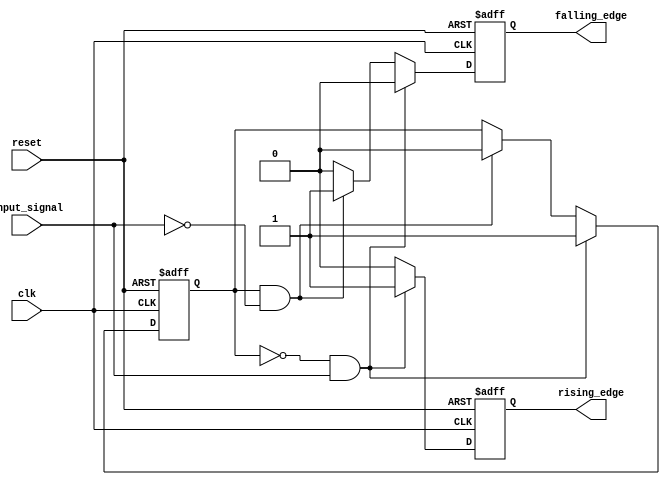
module schmitt_trigger_edge_detector (
    input wire clk,               // Clock signal
    input wire reset,             // Asynchronous reset
    input wire input_signal,      // Noisy input signal
    output reg rising_edge,       // Output signal for rising edge detection
    output reg falling_edge       // Output signal for falling edge detection
);

    // Parameters for Schmitt Trigger thresholds
    parameter Vth_plus = 1'b1;   // Upper threshold (logic high)
    parameter Vth_minus = 1'b0;  // Lower threshold (logic low)

    // Internal signals
    reg input_signal_d;           // Delayed version of input_signal
    reg state;                    // Current state of the Schmitt Trigger

    // Schmitt Trigger Logic
    always @(posedge clk or posedge reset) begin
        if (reset) begin
            state <= Vth_minus;   // Reset state
            rising_edge <= 1'b0;  // Clear rising edge output
            falling_edge <= 1'b0; // Clear falling edge output
        end else begin
            // Store the previous state of the input signal
            input_signal_d <= input_signal;

            // Schmitt Trigger behavior
            if (state == Vth_minus && input_signal == Vth_plus) begin
                state <= Vth_plus;  // Transition to high state
                rising_edge <= 1'b1; // Rising edge detected
                falling_edge <= 1'b0; // Clear falling edge output
            end else if (state == Vth_plus && input_signal == Vth_minus) begin
                state <= Vth_minus;  // Transition to low state
                falling_edge <= 1'b1; // Falling edge detected
                rising_edge <= 1'b0; // Clear rising edge output
            end else begin
                rising_edge <= 1'b0;  // No edge detected
                falling_edge <= 1'b0; // No edge detected
            end
        end
    end

endmodule